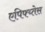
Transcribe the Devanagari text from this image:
एपिफ्य्तेस